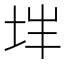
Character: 𰉨